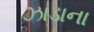
ઝાડાના